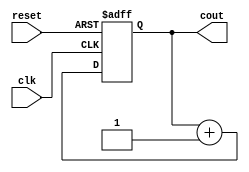
module counter(
    input wire clk,
    input wire reset,
    output reg [3:0] cout
);

always @(posedge clk or posedge reset)begin
    if (reset) begin
        cout <= 4'b0000;
    end else begin
        cout <= cout + 1;
    end
end

endmodule